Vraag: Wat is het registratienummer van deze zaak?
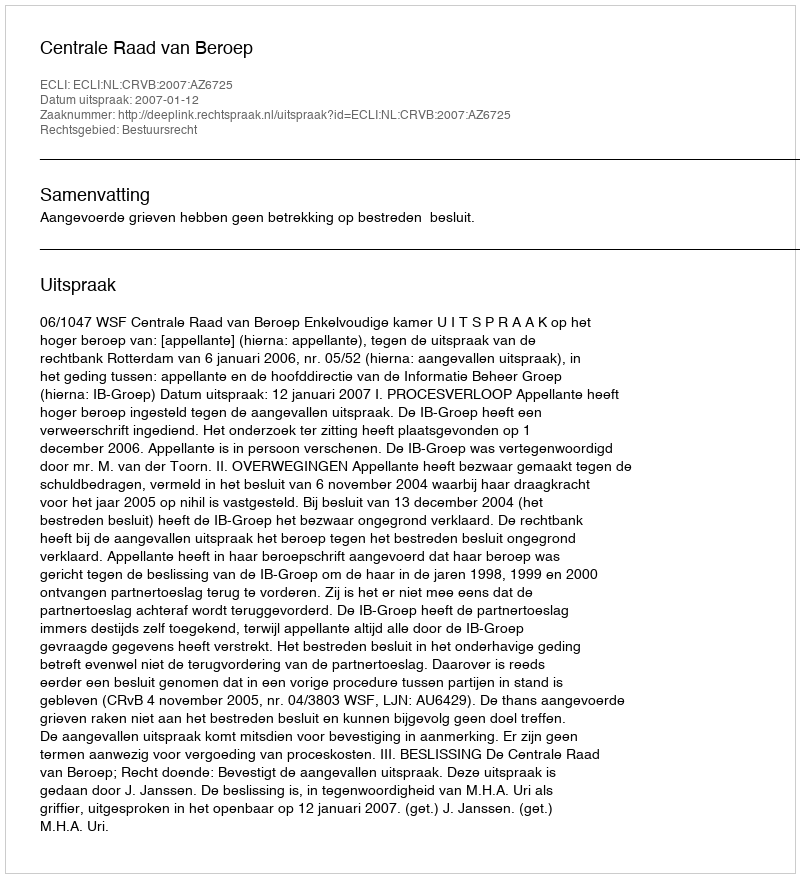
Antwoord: http://deeplink.rechtspraak.nl/uitspraak?id=ECLI:NL:CRVB:2007:AZ6725